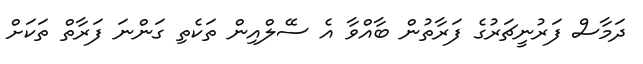
ދަމާސް ފަރުނީޗަރުގެ ފަރާތުން ބާއްވާ އެ ސޭލްއިން ތަކެތި ގަންނަ ފަރާތް ތަކަށް